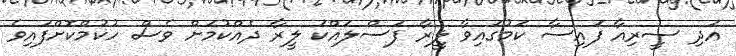
އަދި ސީރިއާ ފައިސާ ކަމުގައިވާ ލީރާ ފަސްލައްކަ ލީރާ ދެއްކުމަށް ވެސް ހުކުމްކޮށްފައިވެ